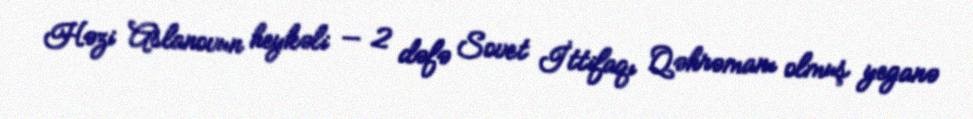
Həzi Aslanovun heykəli — 2 dəfə Sovet İttifaqı Qəhrəmanı olmuş yeganə